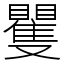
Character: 矍